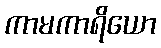
ကာမကာရိယော